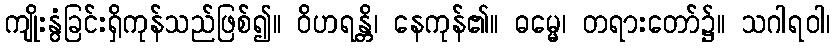
ကျိုးနွံခြင်းရှိကုန်သည်ဖြစ်၍။ ဝိဟရန္တိ၊ နေကုန်၏။ ဓမ္မေ၊ တရားတော်၌။ သဂါရဝါ၊